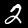
Digit: 2